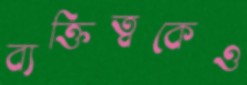
ব্যক্তিত্বকেও